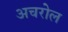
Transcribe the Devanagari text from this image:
अचरोल